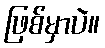
ဖြစ်မှာပဲ။